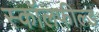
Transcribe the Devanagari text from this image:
स्कॉलफील्ड